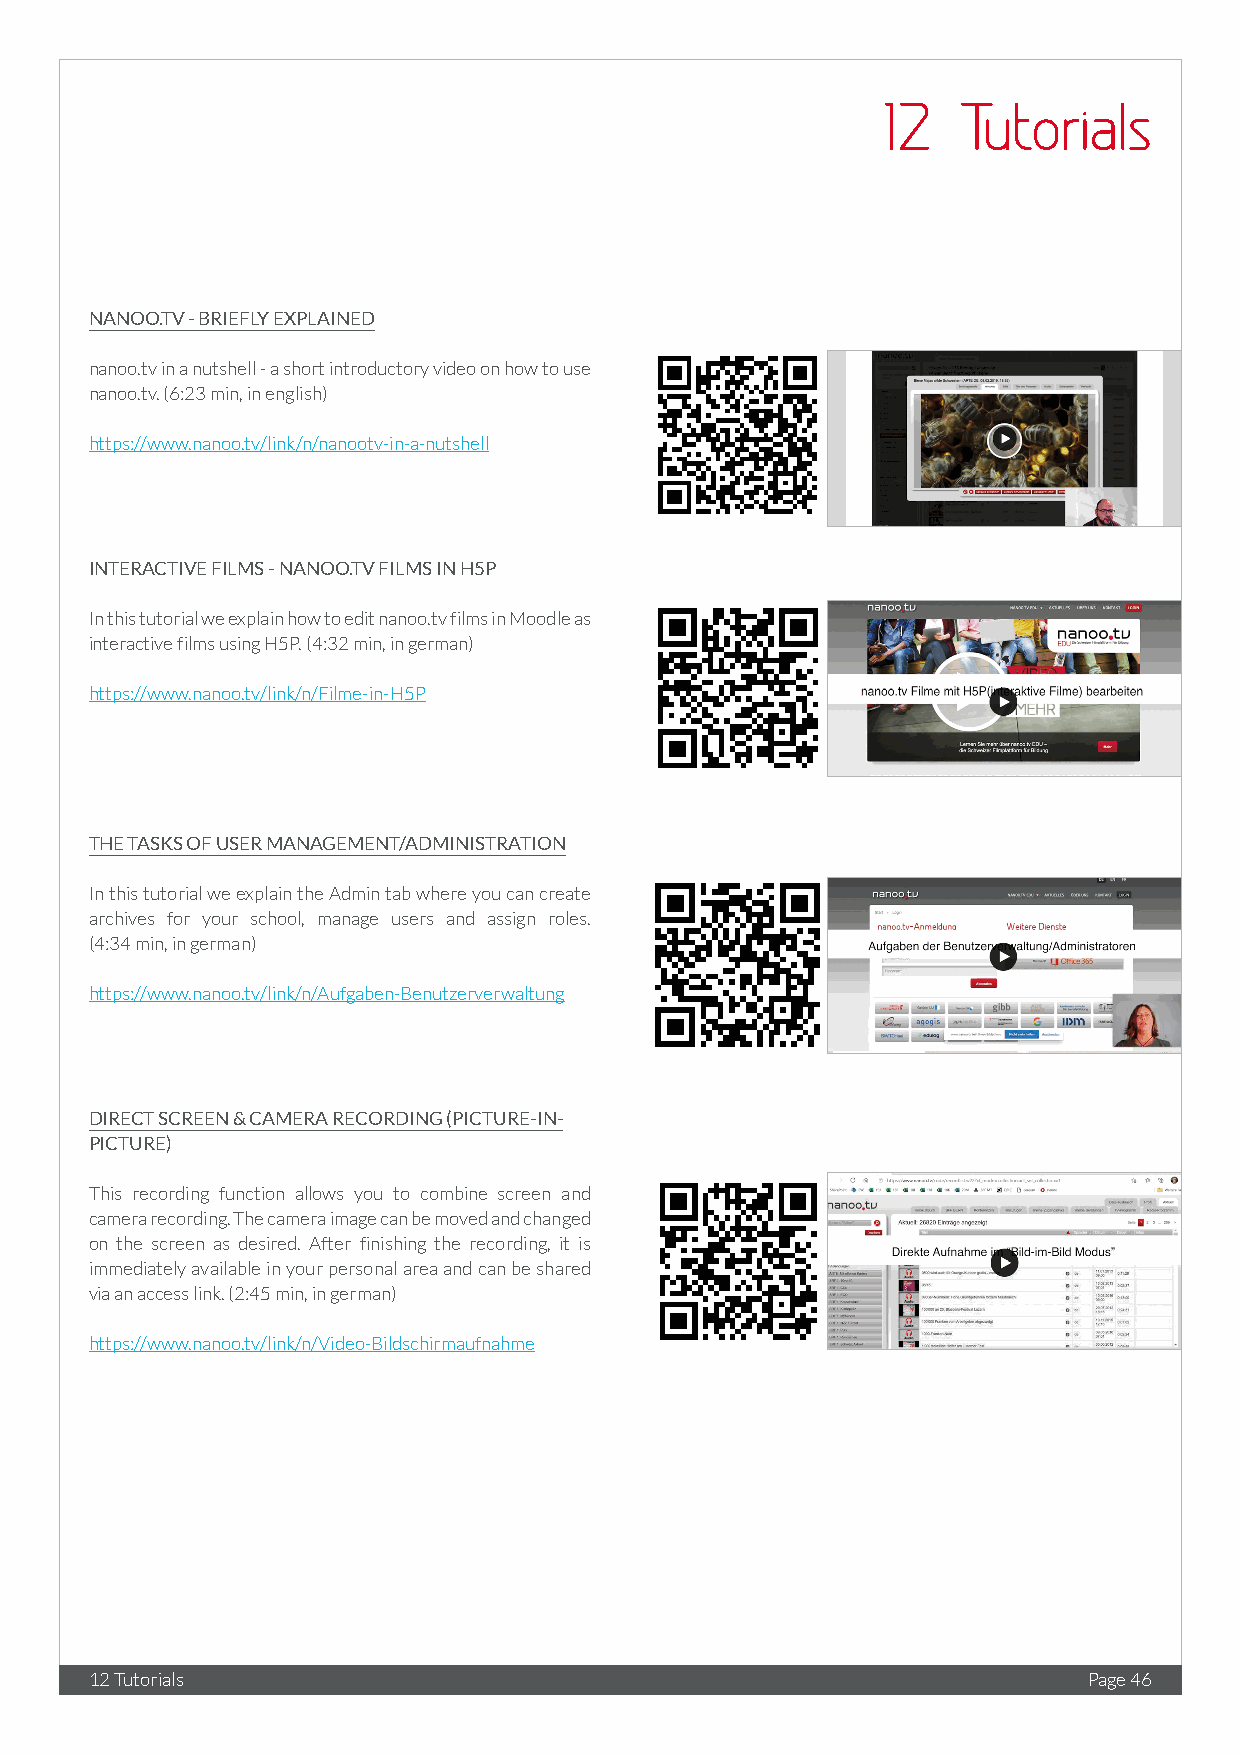
12   Tutorials
 NANOO.TV - BRIEFLY EXPLAINED
 nanoo.tv in a nutshell - a short introductory video on how to use
 nanoo.tv. (6:23 min, in english)
 https://www.nanoo.tv/link/n/nanootv-in-a-nutshell
 INTERACTIVE FILMS - NANOO.TV FILMS IN H5P
 In this tutorial we explain how to edit nanoo.tv films in Moodle as
 interactive films using H5P. (4:32 min, in german)
 https://www.nanoo.tv/link/n/Filme-in-H5P
 THE TASKS OF USER MANAGEMENT/ADMINISTRATION
 In this tutorial we explain the Admin tab where you can create
 archives for your school, manage users and assign roles.
 (4:34 min, in german)
 https://www.nanoo.tv/link/n/Aufgaben-Benutzerverwaltung
 DIRECT SCREEN & CAMERA RECORDING (PICTURE-IN-
 PICTURE)
 This recording function allows you to combine screen and
 camera recording. The camera image can be moved and changed
 on the screen as desired. After finishing the recording, it is
 immediately available in your personal area and can be shared
 via an access link. (2:45 min, in german)
 https://www.nanoo.tv/link/n/Video-Bildschirmaufnahme
 12 Tutorials                                                      Page 46